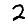
Digit: 2